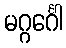
မဂ္ဂင်္ဂေါ